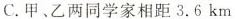
C.甲、乙两同学家相距3.6km